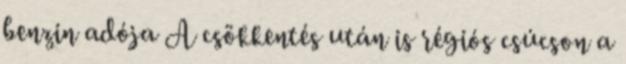
benzin adója A csökkentés után is régiós csúcson a